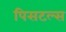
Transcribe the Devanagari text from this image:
पिसटल्स